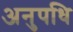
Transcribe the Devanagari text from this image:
अनुपधि